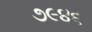
૭૯૪૬